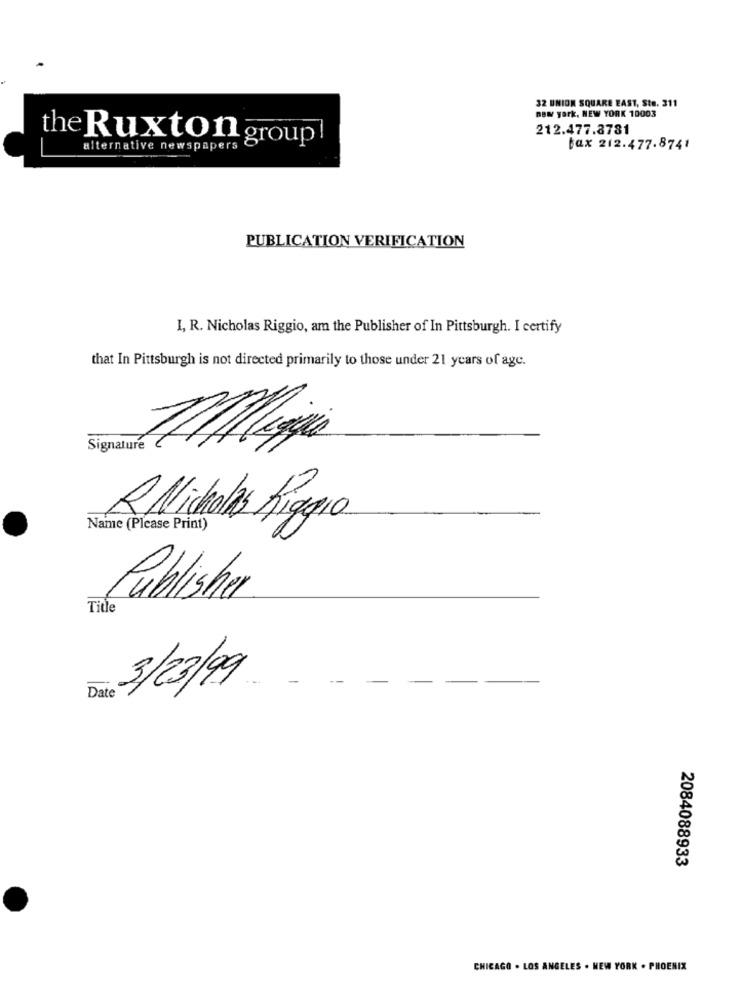
32 UNION SQUARE EAST, Ste. 311
new york, NEW YORK 10003
212.477.8781
the Ruxton group!
alternative newspapers
fax 212.477.8741
PUBLICATION VERIFICATION
I, R. Nicholas Riggio, am the Publisher of In Pittsburgh. I certify
that In Pittsburgh is not directed primarily to those under 21 years of age.
Signature
R Nicholas Riggio
Name (Please Print)
Publisher
Title
3/23/9
Date
2084088933
CHICAGO . LOS ANGELES . NEW YORK . PHOENIX